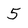
Character: 5